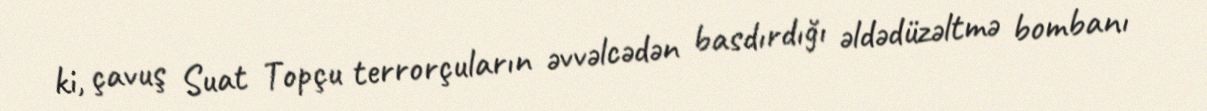
ki, çavuş Suat Topçu terrorçuların əvvəlcədən basdırdığı əldədüzəltmə bombanı